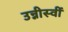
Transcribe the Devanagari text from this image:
उन्नीस्वीं